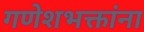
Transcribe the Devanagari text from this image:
गणेशभक्तांना